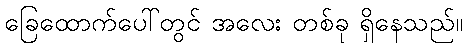
ခြေထောက်ပေါ်တွင် အလေး တစ်ခု ရှိနေသည်။